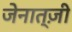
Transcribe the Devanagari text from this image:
जेनात्ज़ी